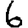
Digit: 6